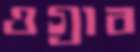
ওগ্‌রাব